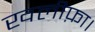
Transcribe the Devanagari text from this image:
खलीफ़ा।